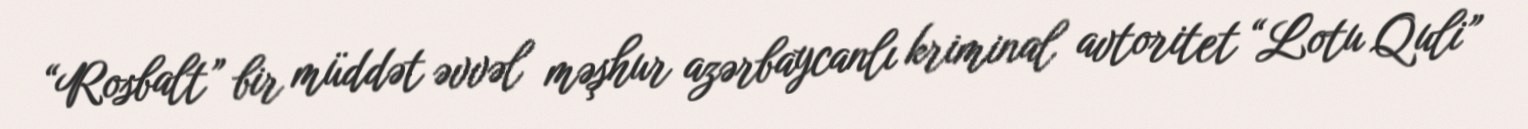
“Rosbalt” bir müddət əvvəl məşhur azərbaycanlı kriminal avtoritet “Lotu Quli”